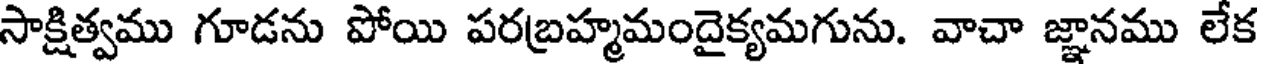
సాక్షిత్వము గూడను పోయి పరబ్రహ్మమందైక్యమగును. వాచా జ్ఞానము లేక